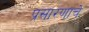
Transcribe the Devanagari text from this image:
प्रसारणाचे